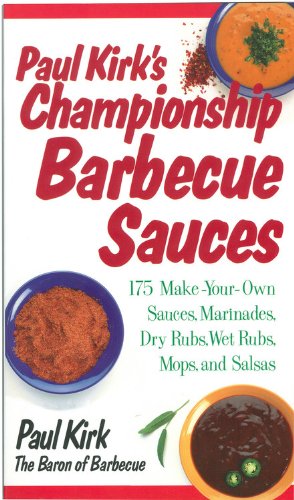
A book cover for Paul Kirk's Championship Barbecue Sauces: 175 Make-Your-Own Sauces, Marinades, Dry Rubs, Wet Rubs, Mops and Salsas (Non); Paul Kirk; Cookbooks, Food & Wine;